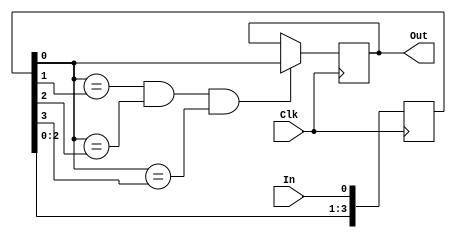
module debouncer1(Clk,In, Out);

	input In, Clk;
	output reg Out;
	reg [3:0] Reg;

	always @(posedge Clk)
		begin
			Reg[0] <= In;
			Reg[3:1] <= Reg[2:0];
		
			if ((Reg[0] == Reg[1]) && (Reg[0] == Reg[2]) && (Reg[0] == Reg[3]))
				Out <= Reg[0];
			else
				Out <= Out;
		end

endmodule